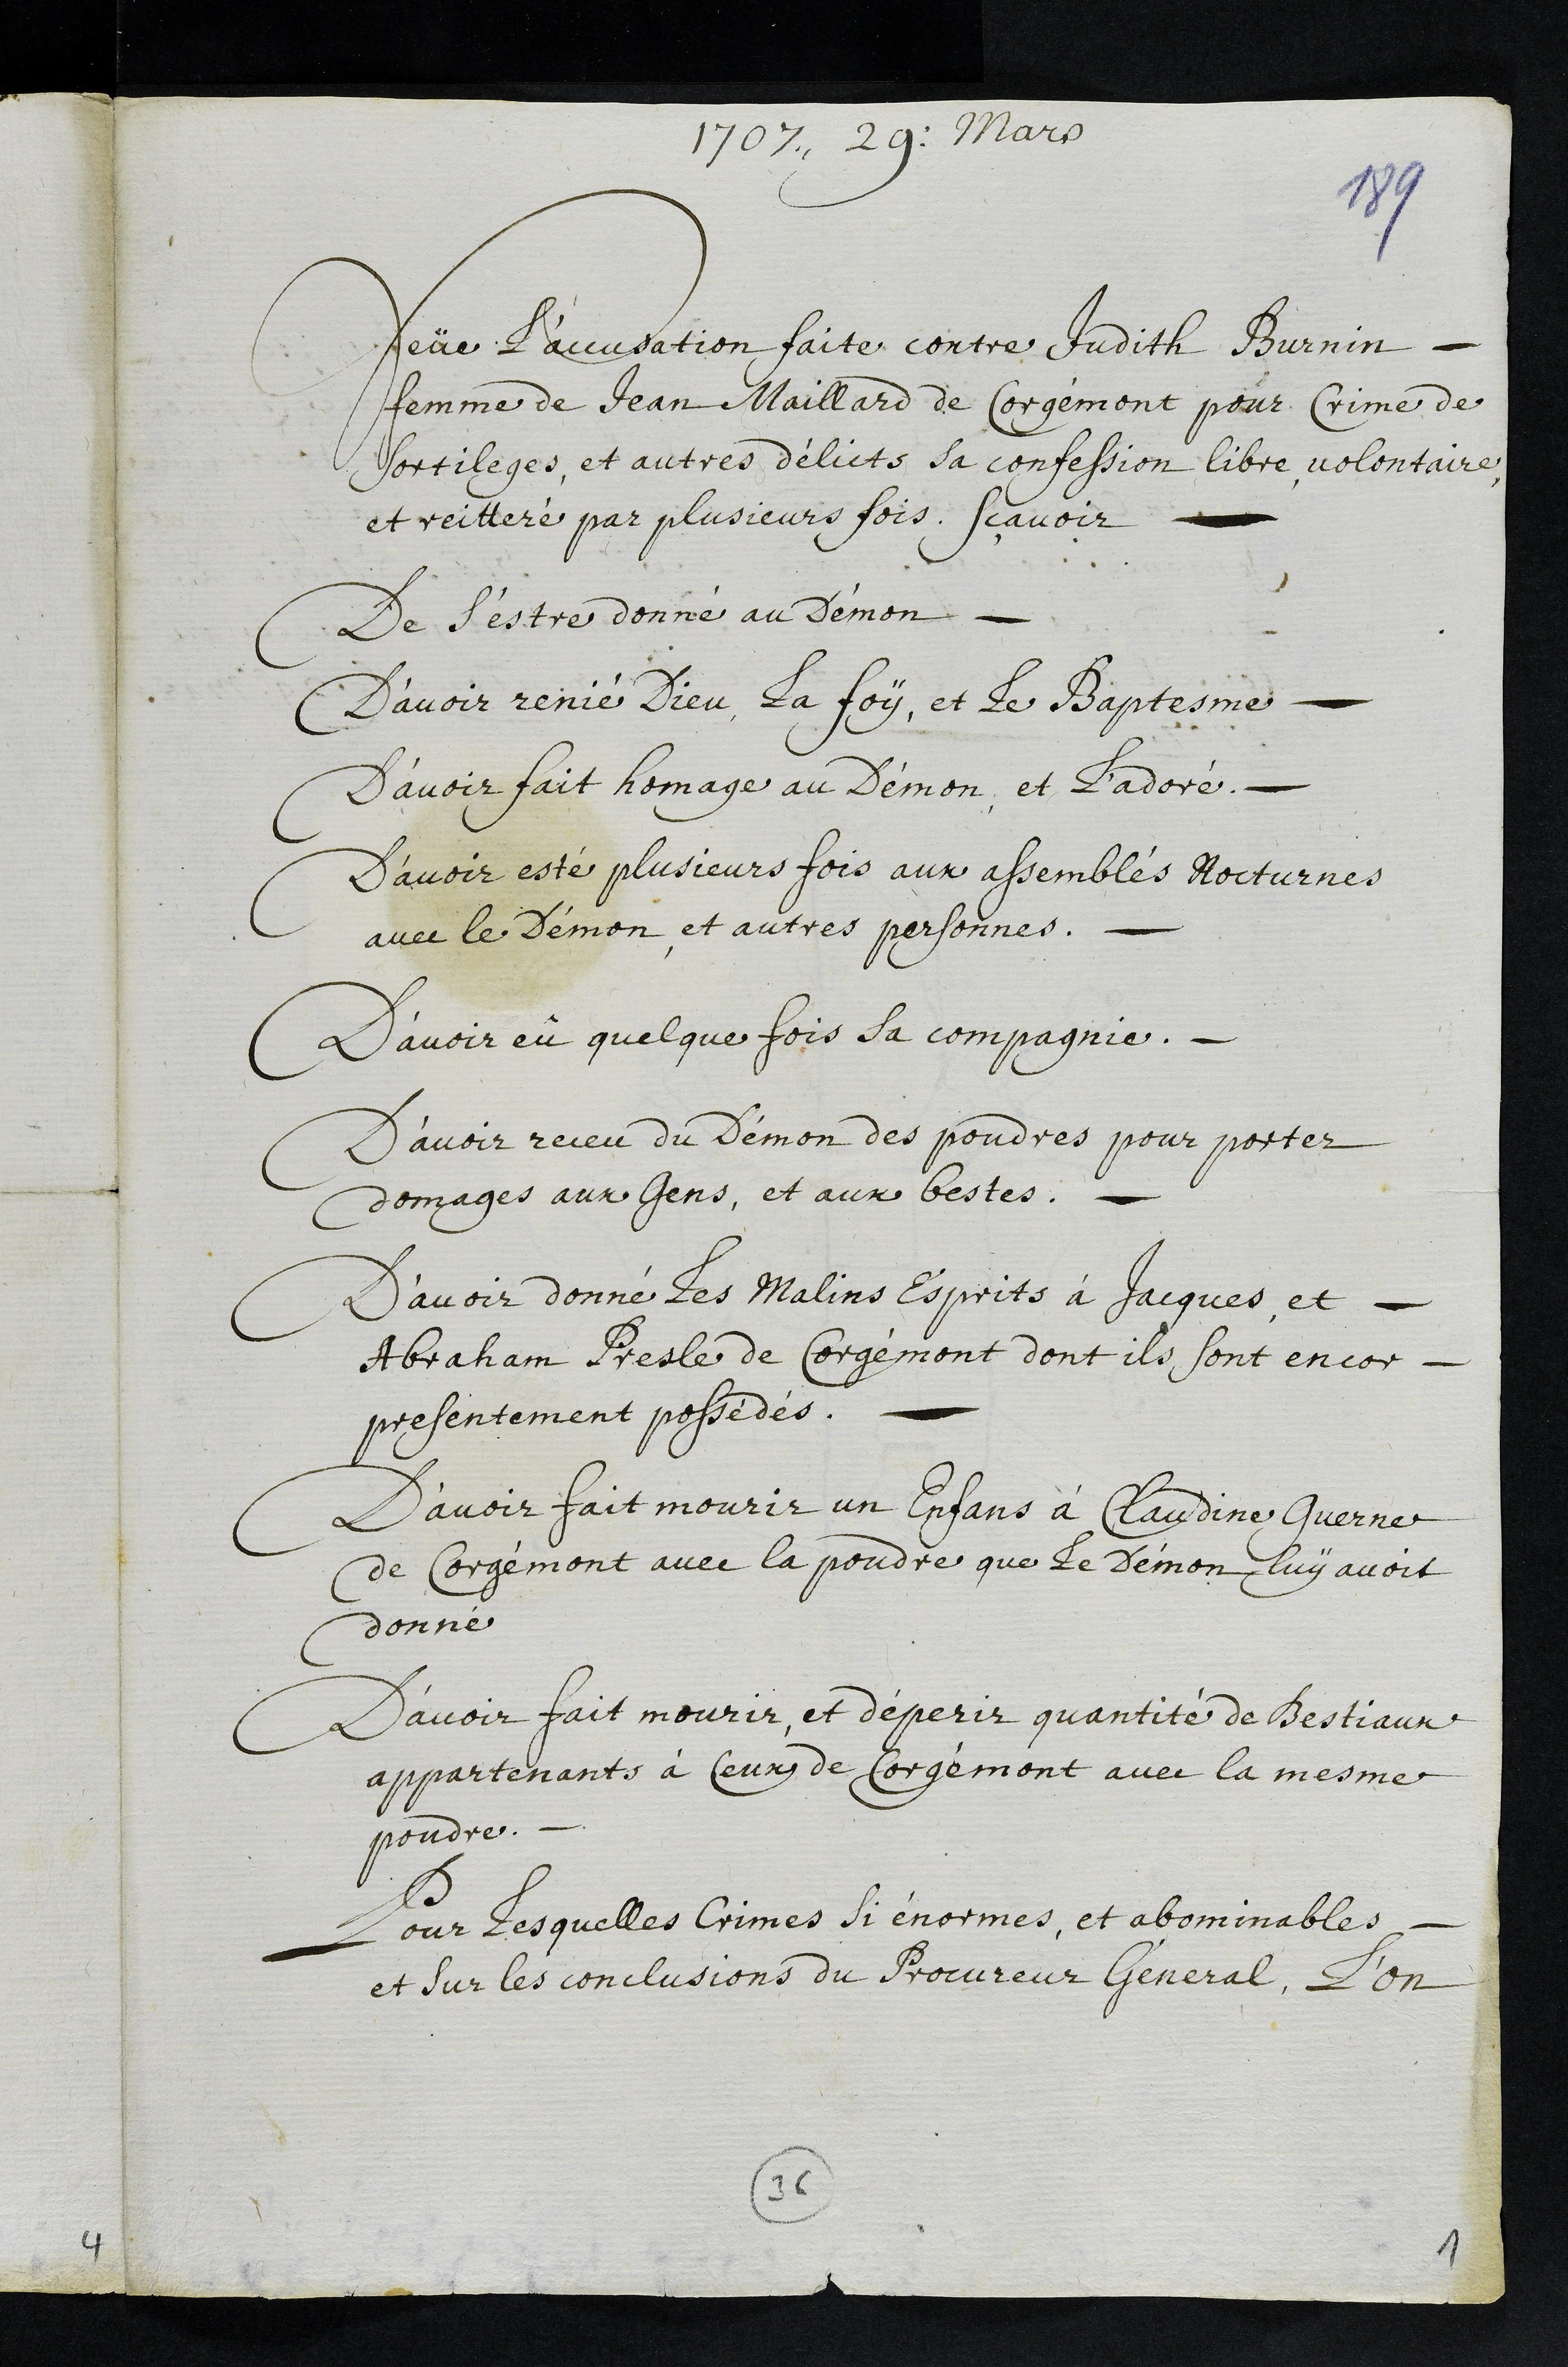
1107. 29. Mards
feüe l’accudation faite contre Dudith Burnin
femme de Jean Maillard de Corgemont pour Crime de
sortileges, et autres delicts sa confession libre volontaire
et reittere par plusieurs fois, scavoir
De s’estre donné au demon
D’avoir renié Dieu, la foys, et le Baptesme
d’avoir fait homage au Demon et ladore.
d’avoir esté plusieurs fois aux assembles Rocturnes
avec le demon et autres personnes.
D’avoir eü quelque fois sa compagnie.
d’avoir receu du Demon des poudres pour poster
domages aux jens et aux bestes.
D’avoir donné les Malins Esprits à Jacques, et
Abraham Fresle de Corgemont dont ils sont encor
presentement possedes.
l’avoir fait mourir un enfans à Claudine Guerne
de Corgemont avec la poudre que le demon luy avoit
donné
Davoir fait meurir, et deperir quantite de Bestiaux
appartenants à Ceur de sorgemont avec la mesme
poudre.
Lour tesquelles crimes si enormes, et abominables
et sur les conclusions du Grovreur General. l’on

92
1